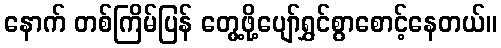
နောက် တစ်ကြိမ်ပြန် တွေ့ဖို့ပျော်ရွှင်စွာစောင့်နေတယ်။